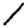
Digit: 1